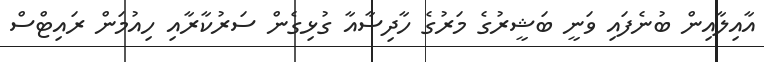
އާއިލާއިން ބުނެފައި ވަނީ ބަޝީރުގެ މަރުގެ ހާދިސާއާ ގުޅިގެން ސަރުކާރާއި ހިއުމަން ރައިޓްސް